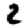
Digit: 2